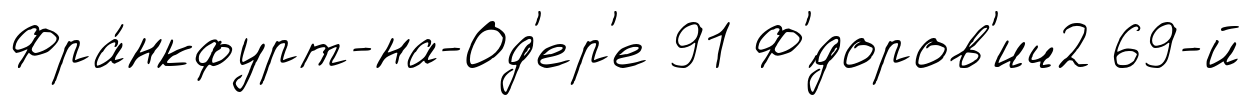
Фра́нкфурт-на-Од'ер'е 91 Ф'́доров'ич2 69-й